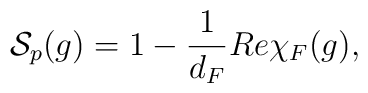
{\cal S}_{p}(g) = 1 - \frac{1}{d_F} Re \chi_F (g),